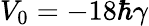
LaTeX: V_{0}=-18\hbar\gamma